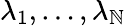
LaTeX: \lambda_{1},\ldots,\lambda_{\mathbb{N}}